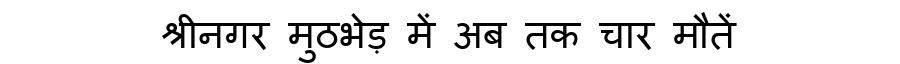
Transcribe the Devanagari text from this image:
श्रीनगर मुठभेड़ में अब तक चार मौतें